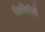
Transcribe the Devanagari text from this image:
पैथॉलॉजी